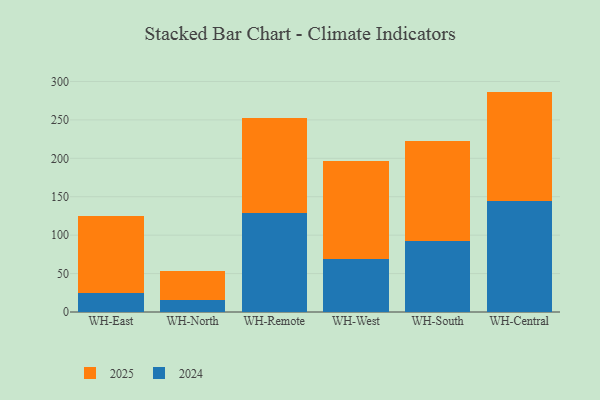
{"axis": {"x": "Warehouse", "y": "Demand Index"}, "legend": ["2024", "2025"], "data": [{"x": "WH-East", "y": 100.1, "type": "2025"}, {"x": "WH-East", "y": 24.7, "type": "2024"}, {"x": "WH-North", "y": 38.7, "type": "2025"}, {"x": "WH-North", "y": 15.2, "type": "2024"}, {"x": "WH-Remote", "y": 123.8, "type": "2025"}, {"x": "WH-Remote", "y": 128.2, "type": "2024"}, {"x": "WH-West", "y": 128.3, "type": "2025"}, {"x": "WH-West", "y": 68.6, "type": "2024"}, {"x": "WH-South", "y": 129.5, "type": "2025"}, {"x": "WH-South", "y": 92.4, "type": "2024"}, {"x": "WH-Central", "y": 142.2, "type": "2025"}, {"x": "WH-Central", "y": 144.6, "type": "2024"}]}